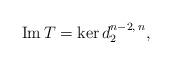
LaTeX: \begin{align*}\mbox{Im}\,T =\ker d_2^{n-2,\,n}, \end{align*}